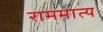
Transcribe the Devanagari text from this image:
राममात्य